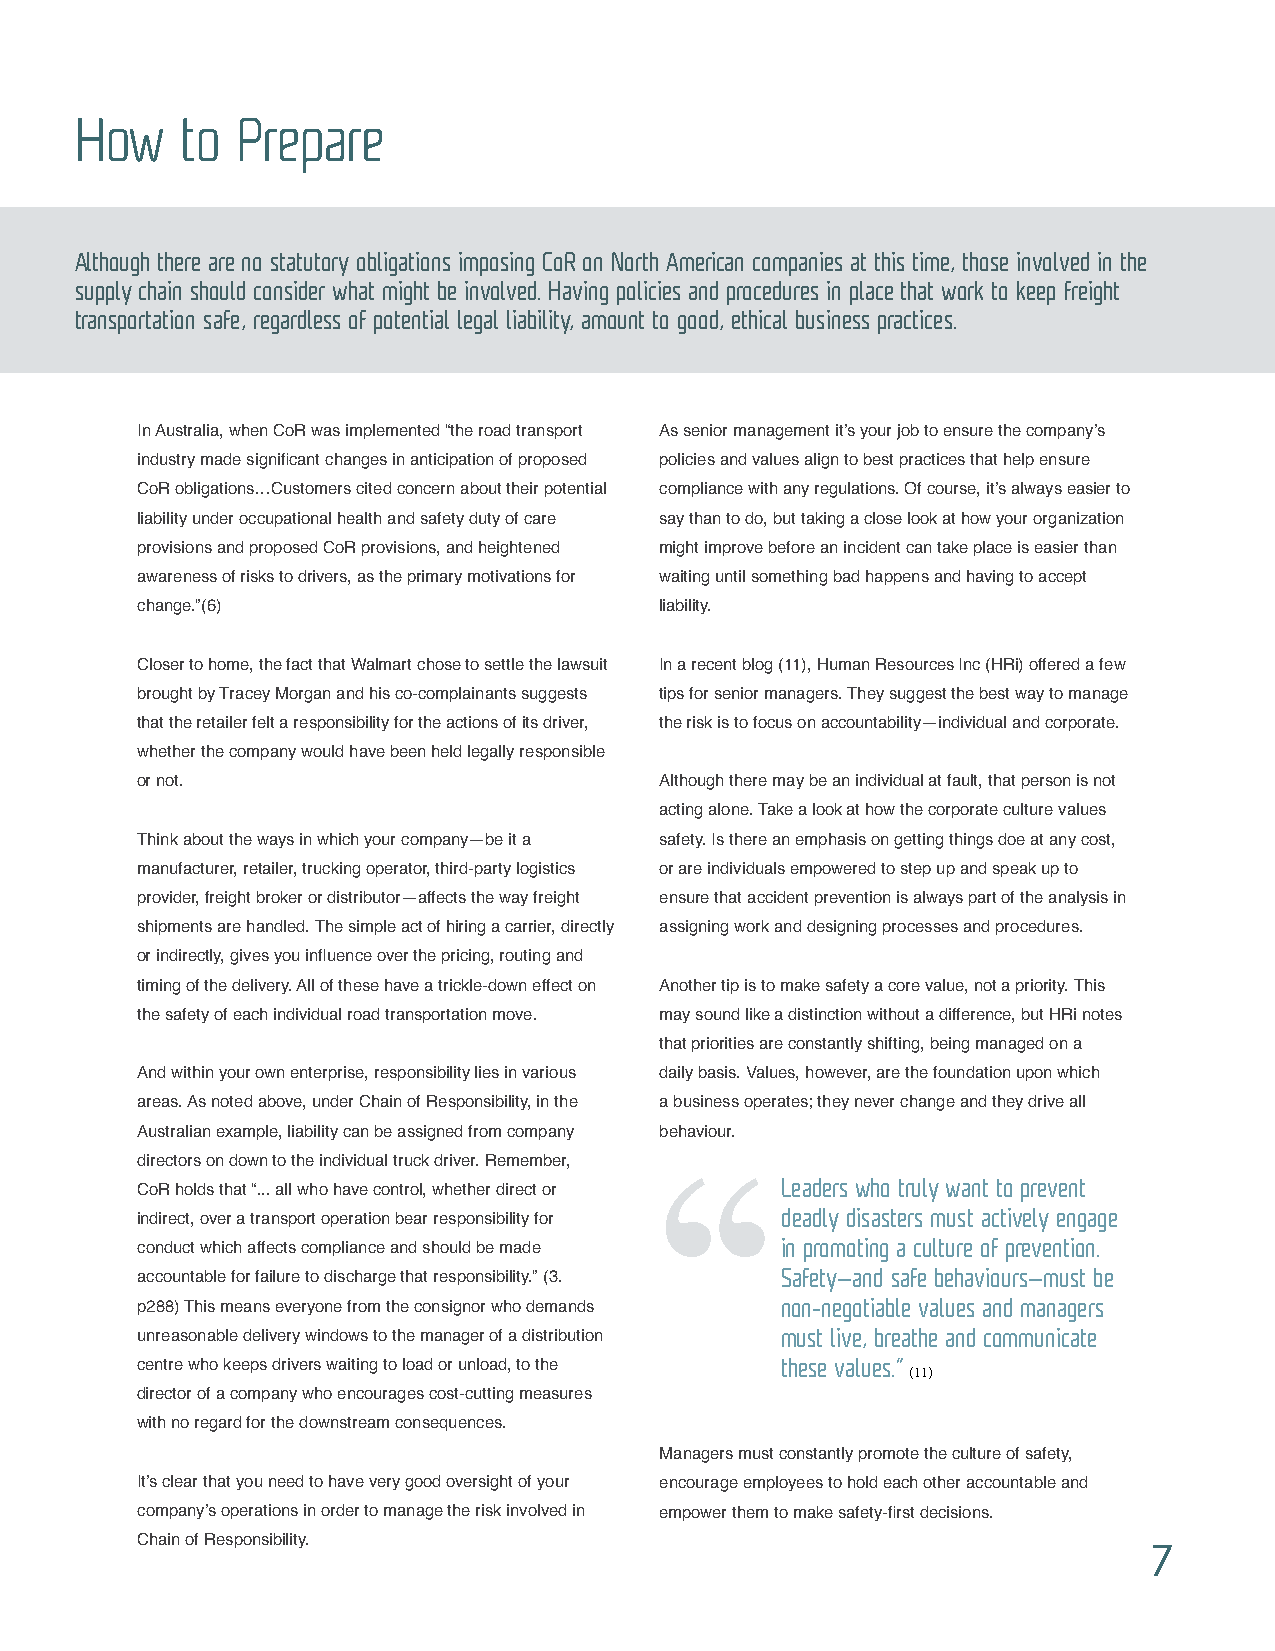
How    to  Prepare
 Although there are no statutory obligations imposing CoR on North American companies at this time, those involved in the
 supply chain should consider what might be involved. Having policies and procedures in place that work to keep freight
 transportation safe, regardless of potential legal liability, amount to good, ethical business practices.
 In Australia, when CoR was implemented “the road transport As senior management it’s your job to ensure the company’s
 industry made significant changes in anticipation of proposed policies and values align to best practices that help ensure
 CoR obligations…Customers cited concern about their potential compliance with any regulations. Of course, it’s always easier to
 liability under occupational health and safety duty of care say than to do, but taking a close look at how your organization
 provisions and proposed CoR provisions, and heightened might improve before an incident can take place is easier than
 awareness of risks to drivers, as the primary motivations for waiting until something bad happens and having to accept
 change.”(6)                        liability.
 Closer to home, the fact that Walmart chose to settle the lawsuit In a recent blog (11), Human Resources Inc (HRi) offered a few
 brought by Tracey Morgan and his co-complainants suggests tips for senior managers. They suggest the best way to manage
 that the retailer felt a responsibility for the actions of its driver, the risk is to focus on accountability—individual and corporate.
 whether the company would have been held legally responsible
 or not.                            Although there may be an individual at fault, that person is not
 acting alone. Take a look at how the corporate culture values
 Think about the ways in which your company—be it a safety. Is there an emphasis on getting things doe at any cost,
 manufacturer, retailer, trucking operator, third-party logistics or are individuals empowered to step up and speak up to
 provider, freight broker or distributor—affects the way freight ensure that accident prevention is always part of the analysis in
 shipments are handled. The simple act of hiring a carrier, directly assigning work and designing processes and procedures.
 or indirectly, gives you influence over the pricing, routing and
 timing of the delivery. All of these have a trickle-down effect on Another tip is to make safety a core value, not a priority. This
 the safety of each individual road transportation move. may sound like a distinction without a difference, but HRi notes
 that priorities are constantly shifting, being managed on a
 And within your own enterprise, responsibility lies in various daily basis. Values, however, are the foundation upon which
 areas. As noted above, under Chain of Responsibility, in the a business operates; they never change and they drive all
 Australian example, liability can be assigned from company behaviour.
 directors on down to the individual truck driver. Remember,
 Leaders who truly want to prevent
 CoR holds that “... all who have control, whether direct or
 deadly disasters must actively engage
 indirect, over a transport operation bear responsibility for
 in promoting a culture of prevention.
 conduct which affects compliance and should be made
 Safety—and safe behaviours—must be
 accountable for failure to discharge that responsibility.” (3.
 p288) This means everyone from the consignor who demands non-negotiable values and managers
 unreasonable delivery windows to the manager of a distribution must live, breathe and communicate
 centre who keeps drivers waiting to load or unload, to the these values.”
 (11)
 director of a company who encourages cost-cutting measures
 with no regard for the downstream consequences.
 Managers must constantly promote the culture of safety,
 It’s clear that you need to have very good oversight of your encourage employees to hold each other accountable and
 company’s operations in order to manage the risk involved in empower them to make safety-first decisions.
 Chain of Responsibility.                                           7